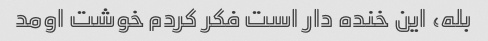
بله، این خنده دار است فکر کردم خوشت اومد